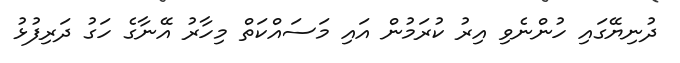
ދުނިޔޭގައި ހުންނެވި އިރު ކުރަމުން އައި މަސައްކަތް މިހާރު އޭނާގެ ހަގު ދަރިފުޅު